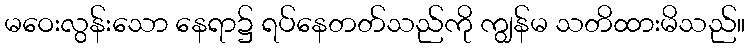
မဝေးလွန်းသော နေရာ၌ ရပ်နေတတ်သည်ကို ကျွန်မ သတိထားမိသည်။